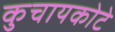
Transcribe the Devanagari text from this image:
कुचायकोटे